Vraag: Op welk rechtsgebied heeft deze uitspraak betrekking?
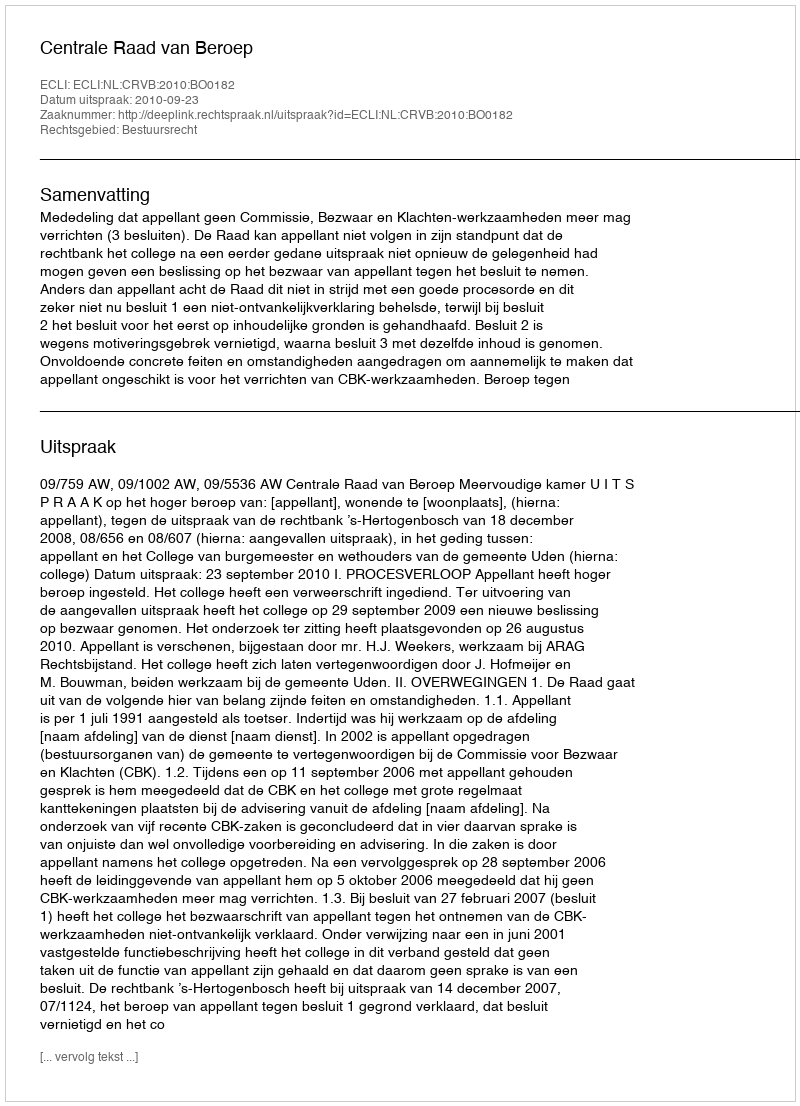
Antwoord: Bestuursrecht